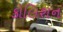
કોલિશન